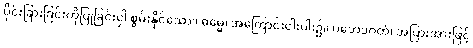
ပိုင်းခြားခြင်းကိုပြုခြင်းငှါ စွမ်းနိုင်သော။ ဓမ္မေ၊ အကြောင်းငါးပါး၌။ ပဘေဒဂတံ၊ အပြားအားဖြင့်